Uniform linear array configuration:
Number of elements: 24
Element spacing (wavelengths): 0.25
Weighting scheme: cosine
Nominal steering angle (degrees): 0
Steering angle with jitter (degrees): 0.5647
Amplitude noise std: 0.05
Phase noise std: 0.05

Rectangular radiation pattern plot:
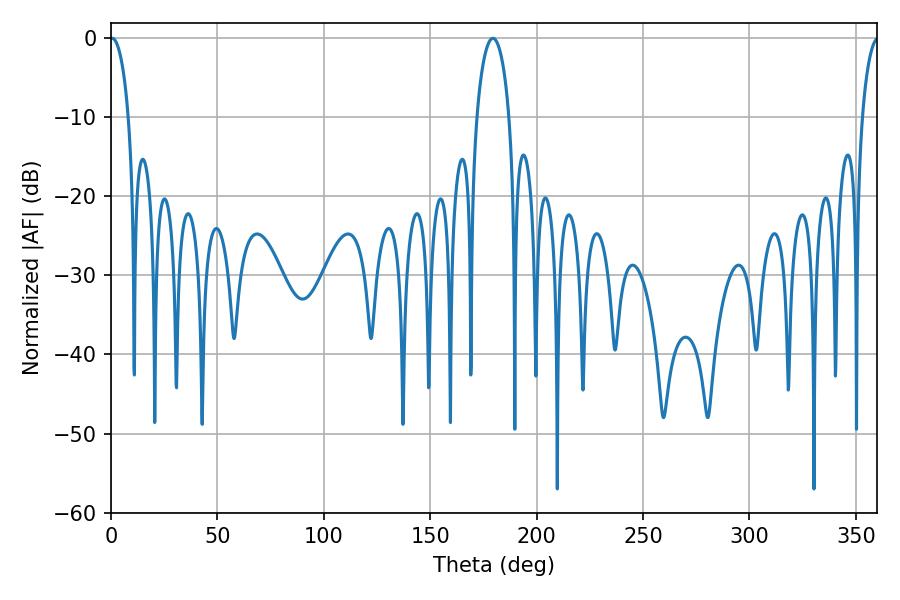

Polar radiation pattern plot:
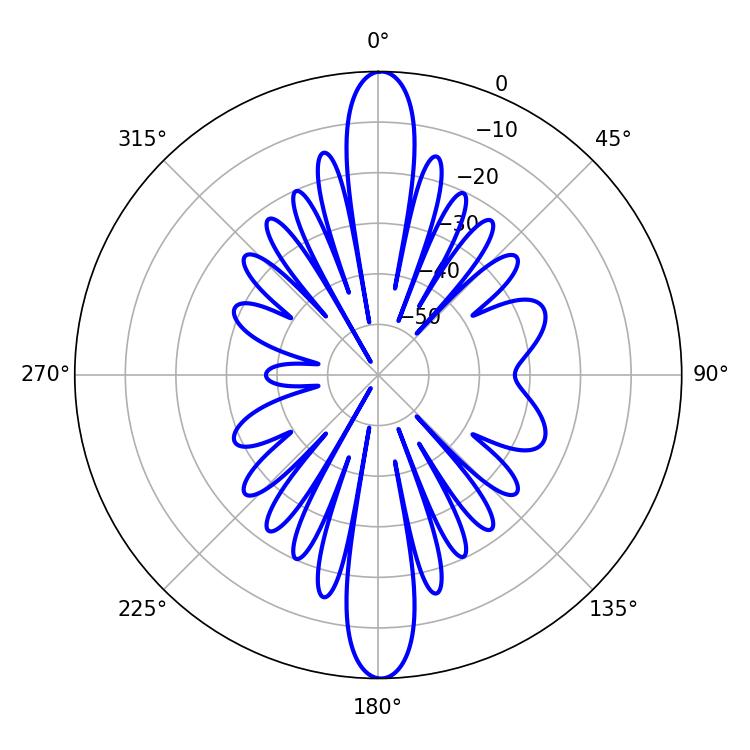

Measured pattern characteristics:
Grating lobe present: FALSE
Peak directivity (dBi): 26.481
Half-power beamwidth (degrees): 4.86
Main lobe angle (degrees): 0.54